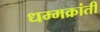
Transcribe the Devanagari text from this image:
धम्मक्रांती